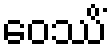
ဝေဿိံ